Leaving Certificate Examination (including Day School Certificate (Higher) General paper), 1935
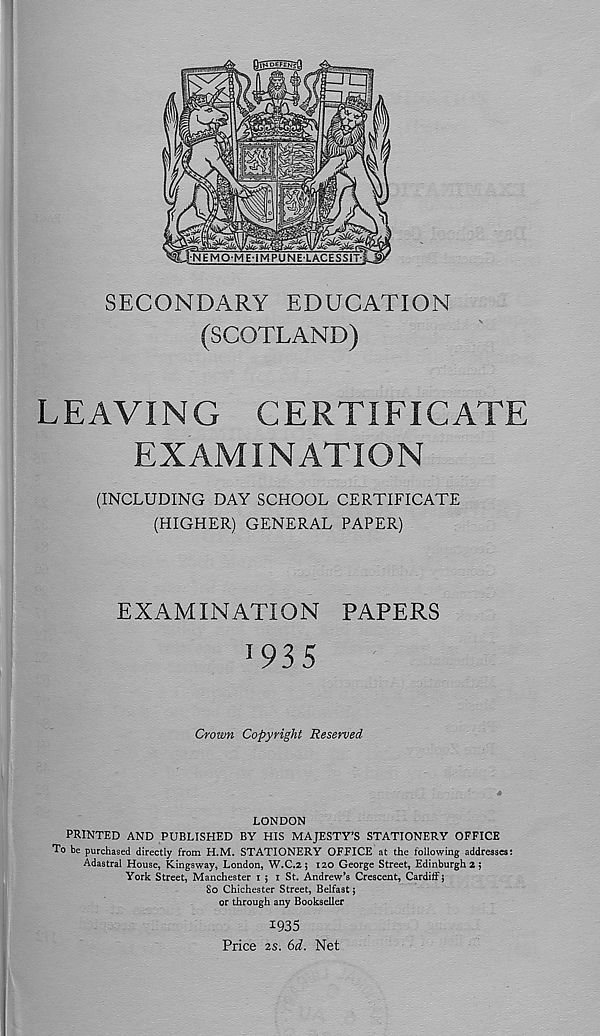
SECONDARY EDUCATION
(SCOTLAND)
LEAVING CERTIFICATE
EXAMINATION
(INCLUDING DAY SCHOOL CERTIFICATE
(HIGHER) GENERAL PAPER)
EXAMINATION PAPERS
1 93 5
Crown Copyright Reserved
LONDON
PRINTED AND PUBLISHED BY HIS MAJESTY'S STATIONERY OFFICE
To be purchased directly from H.M. STATIONERY OFFICE at the following addresses:
Adastral House, Kingsway, London, W.C.2 ; 120 George Street, Edinburgh 2 ;
York Street, Manchester 1 ; 1 St. Andrew’s Crescent, Cardiff;
80 Chichester Street, Belfast;
or through any Bookseller
1935
Price 2s. 6d. Net